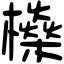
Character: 𣟕